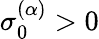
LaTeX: \sigma_{0}^{(\alpha)}>0